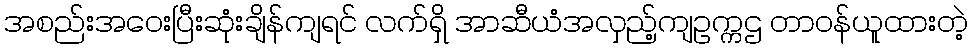
အစည်းအဝေးပြီးဆုံးချိန်ကျရင် လက်ရှိ အာဆီယံအလှည့်ကျဥက္ကဌ တာဝန်ယူထားတဲ့